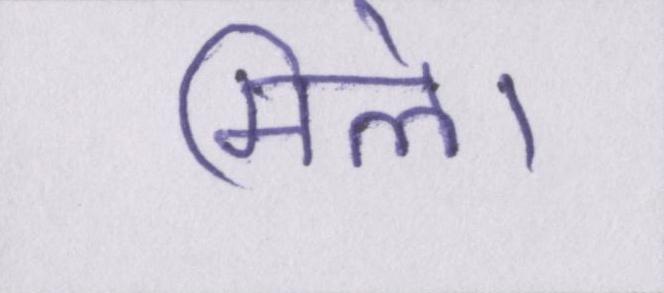
मिले।